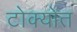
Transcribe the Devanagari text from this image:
टोक्योत